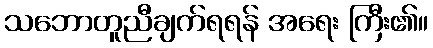
သဘောတူညီချက်ရရန် အရေး ကြီး၏။